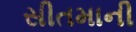
સીતમાની